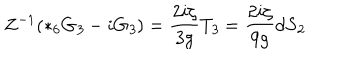
LaTeX: Z ^ { - 1 } ( { * _ { 6 } } G _ { \it 3 } - i G _ { \it 3 } ) = \frac { 2 i \zeta } { 3 g } T _ { \it 3 } = \frac { 2 i \zeta } { 9 g } d S _ { \it 2 }